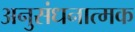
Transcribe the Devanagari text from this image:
अनुसंधनात्मक